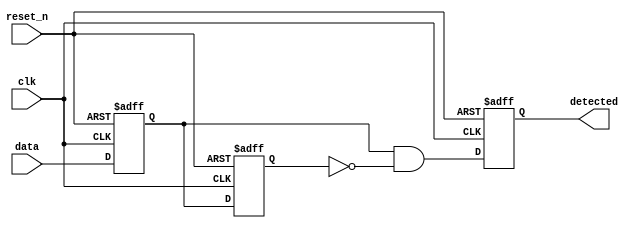
module dual_ff_detector (
    input wire clk,           // Clock signal
    input wire reset_n,      // Asynchronous active-low reset
    input wire data,         // Primary input signal
    output reg detected       // Output signal indicating detection of a condition
);

    // Internal signals to hold the state of the flip-flops
    reg ff1, ff2;

    // Synchronization using dual flip-flops
    always @(posedge clk or negedge reset_n) begin
        if (!reset_n) begin
            ff1 <= 1'b0;  // Initialize FF1 to 0 on reset
            ff2 <= 1'b0;  // Initialize FF2 to 0 on reset
        end else begin
            ff1 <= data;   // Capture the current data on clock edge
            ff2 <= ff1;    // Capture the previous data from FF1
        end
    end

    // Detection logic: Example for rising edge detection
    always @(posedge clk or negedge reset_n) begin
        if (!reset_n) begin
            detected <= 1'b0; // Initialize detection output to 0 on reset
        end else begin
            // Rising edge detection
            detected <= (ff1 && !ff2); // Assert detected if ff1 is 1 and ff2 is 0
        end
    end

endmodule